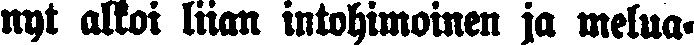
nyt alkoi liian intohimoinen ja melua-